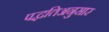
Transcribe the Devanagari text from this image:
पद्धतिअनुसार